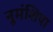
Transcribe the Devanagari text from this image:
नुमंशिया